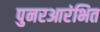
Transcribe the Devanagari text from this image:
पुनरआरंभित